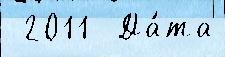
 2011  Да́та